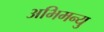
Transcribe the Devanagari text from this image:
अभिमन्‍यु